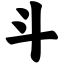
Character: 斗